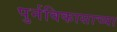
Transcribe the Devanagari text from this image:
पुर्नविकासाच्या